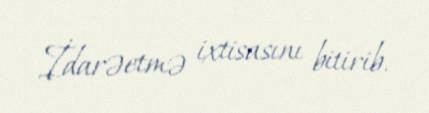
İdarəetmə ixtisasını bitirib.